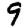
Digit: 9